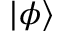
| \phi \rangle